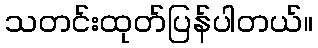
သတင်းထုတ်ပြန်ပါတယ်။